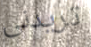
تريدنى